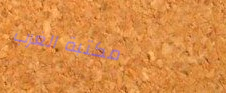
مكتبة الغرب